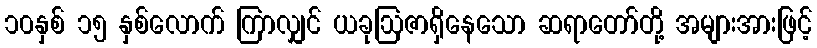
၁၀နှစ် ၁၅ နှစ်လောက် ကြာလျှင် ယခုဩဇာရှိနေသော ဆရာတော်တို့ အများအားဖြင့်